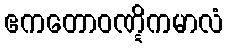
ဧကတောဝဏ္ဋိကမာလံ